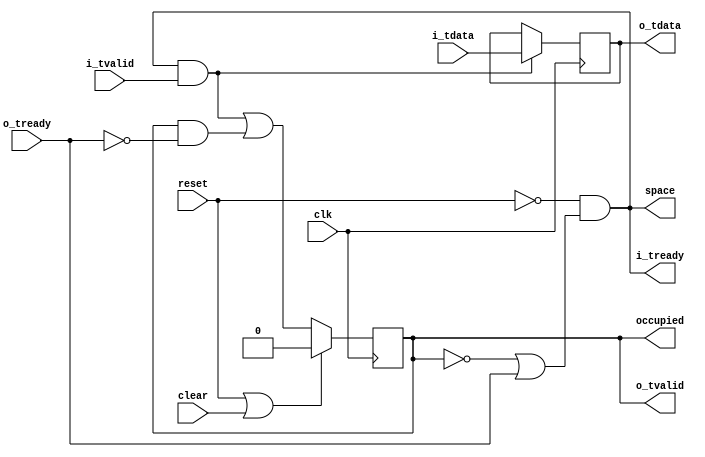
//
// Copyright 2014 Ettus Research LLC
//


//
// Single FIFO (register) with AXI4-STREAM interface
//

module axi_fifo_flop
  #(parameter WIDTH=32)
   (input clk,
    input reset,
    input clear,
    input [WIDTH-1:0] i_tdata,
    input i_tvalid,
    output i_tready,
    output reg [WIDTH-1:0] o_tdata = 'd0,
    output reg o_tvalid = 1'b0,
    input o_tready,
    output space,
    output occupied);

   assign i_tready = ~reset & (~o_tvalid | o_tready);

   always @(posedge clk)
     if(reset | clear)
       o_tvalid <= 1'b0;
     else
       o_tvalid <= (i_tready & i_tvalid) | (o_tvalid & ~o_tready);

   always @(posedge clk)
     if(i_tvalid & i_tready)
       o_tdata <= i_tdata;

   // These aren't terribly useful, but include them for consistency
   assign space = i_tready;
   assign occupied = o_tvalid;

endmodule // axi_fifo_flop